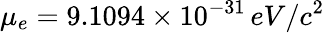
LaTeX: \mu_{e}=9.1094\times 10^{-31}\, eV/c^{2}